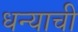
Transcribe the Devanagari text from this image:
धन्याची